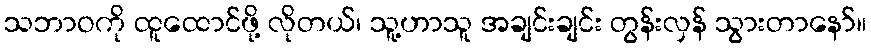
သဘာဝကို ထူထောင်ဖို့ လိုတယ်၊ သူ့ဟာသူ အချင်းချင်း တွန်းလှန် သွားတာနော်။